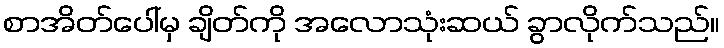
စာအိတ်ပေါ်မှ ချိတ်ကို အလောသုံးဆယ် ခွာလိုက်သည်။